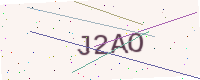
Text: J2AO